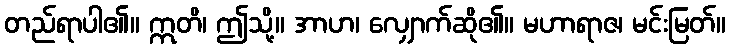
တည်ရာပါ၏။ ဣတိ၊ ဤသို့။ အာဟ၊ လျှောက်ဆို၏။ မဟာရာဇ၊ မင်းမြတ်။